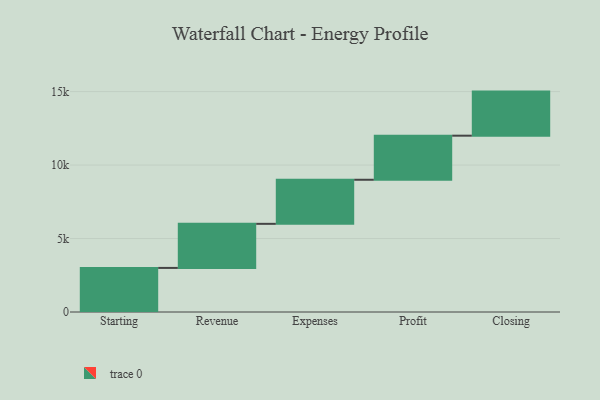
{"axis": {"x": "Step", "y": "Value"}, "legend": [""], "data": [{"x": "Starting", "y": 3000, "type": ""}, {"x": "Revenue", "y": 3000, "type": ""}, {"x": "Expenses", "y": 3000, "type": ""}, {"x": "Profit", "y": 3000, "type": ""}, {"x": "Closing", "y": 3000, "type": ""}]}